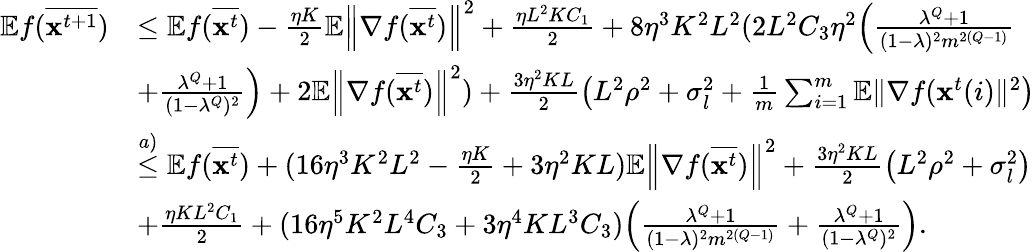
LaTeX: \begin{array}{rl}{\mathbb{E}f(\overline{{\mathbf{x}^{t+1}}})}&{\leq\mathbb{E}f(\overline{{\mathbf{x}^{t}}})-\frac{\eta K}{2}\mathbb{E}\left\| \nabla f(\overline{{\mathbf{x}^{t}}})\right\| ^{2}+\frac{\eta L^{2}KC_{1}}{2}+8\eta^{3}K^{2}L^{2}(2L^{2}C_{3}\eta^{2}\Big(\frac{\lambda^{Q}+1}{(1-\lambda)^{2}m^{2(Q-1)}}}\\ &{+\frac{\lambda^{Q}+1}{(1-\lambda^{Q})^{2}}\Big)+2\mathbb{E}\left\| \nabla f(\overline{{\mathbf{x}^{t}}})\right\| ^{2})+\frac{3\eta^{2}KL}{2}\left(L^{2}\rho^{2}+\sigma_{l}^{2}+\frac{1}{m}\sum_{i=1}^{m}\mathbb{E}\| \nabla f(\mathbf{x}^{t}(i)\| ^{2}\right)}\\ &{\overset{a)}{\leq}\mathbb{E}f(\overline{{\mathbf{x}^{t}}})+(16\eta^{3}K^{2}L^{2}-\frac{\eta K}{2}+3\eta^{2}KL)\mathbb{E}\left\| \nabla f(\overline{{\mathbf{x}^{t}}})\right\| ^{2}+\frac{3\eta^{2}KL}{2}\left(L^{2}\rho^{2}+\sigma_{l}^{2}\right)}\\ &{+\frac{\eta KL^{2}C_{1}}{2}+(16\eta^{5}K^{2}L^{4}C_{3}+3\eta^{4}KL^{3}C_{3})\Big(\frac{\lambda^{Q}+1}{(1-\lambda)^{2}m^{2(Q-1)}}+\frac{\lambda^{Q}+1}{(1-\lambda^{Q})^{2}}\Big).}\end{array}